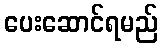
ပေးဆောင်ရမည်